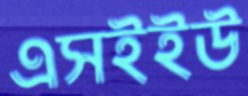
এসইইউ